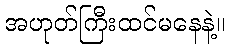
အဟုတ်ကြီးထင်မနေနဲ့။